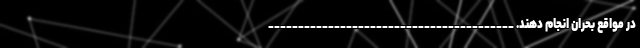
در مواقع بحران انجام دهند. _________________________________________